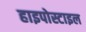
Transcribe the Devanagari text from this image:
हाइपोस्टाइल